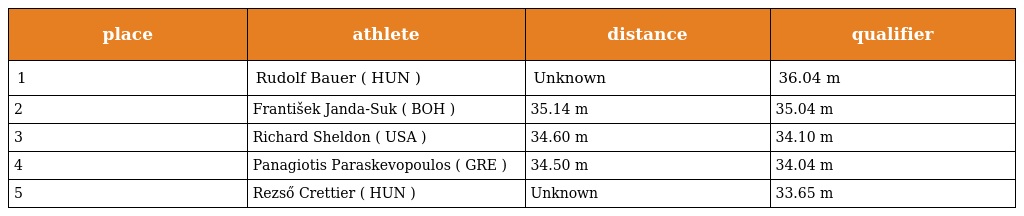
| place | athlete | distance | qualifier |
 | --- | --- | --- | --- |
 | 1 | Rudolf Bauer ( HUN ) | Unknown | 36.04 m |
 | 2 | František Janda-Suk ( BOH ) | 35.14 m | 35.04 m |
 | 3 | Richard Sheldon ( USA ) | 34.60 m | 34.10 m |
 | 4 | Panagiotis Paraskevopoulos ( GRE ) | 34.50 m | 34.04 m |
 | 5 | Rezső Crettier ( HUN ) | Unknown | 33.65 m |